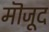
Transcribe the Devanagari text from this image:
मॊजूद